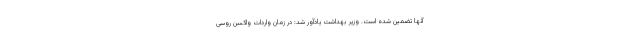
آنها تضمین شده است. وزیر بهداشت یادآور شد: در زمان واردات واکسن روسی